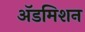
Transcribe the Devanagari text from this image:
अॅडमिशन